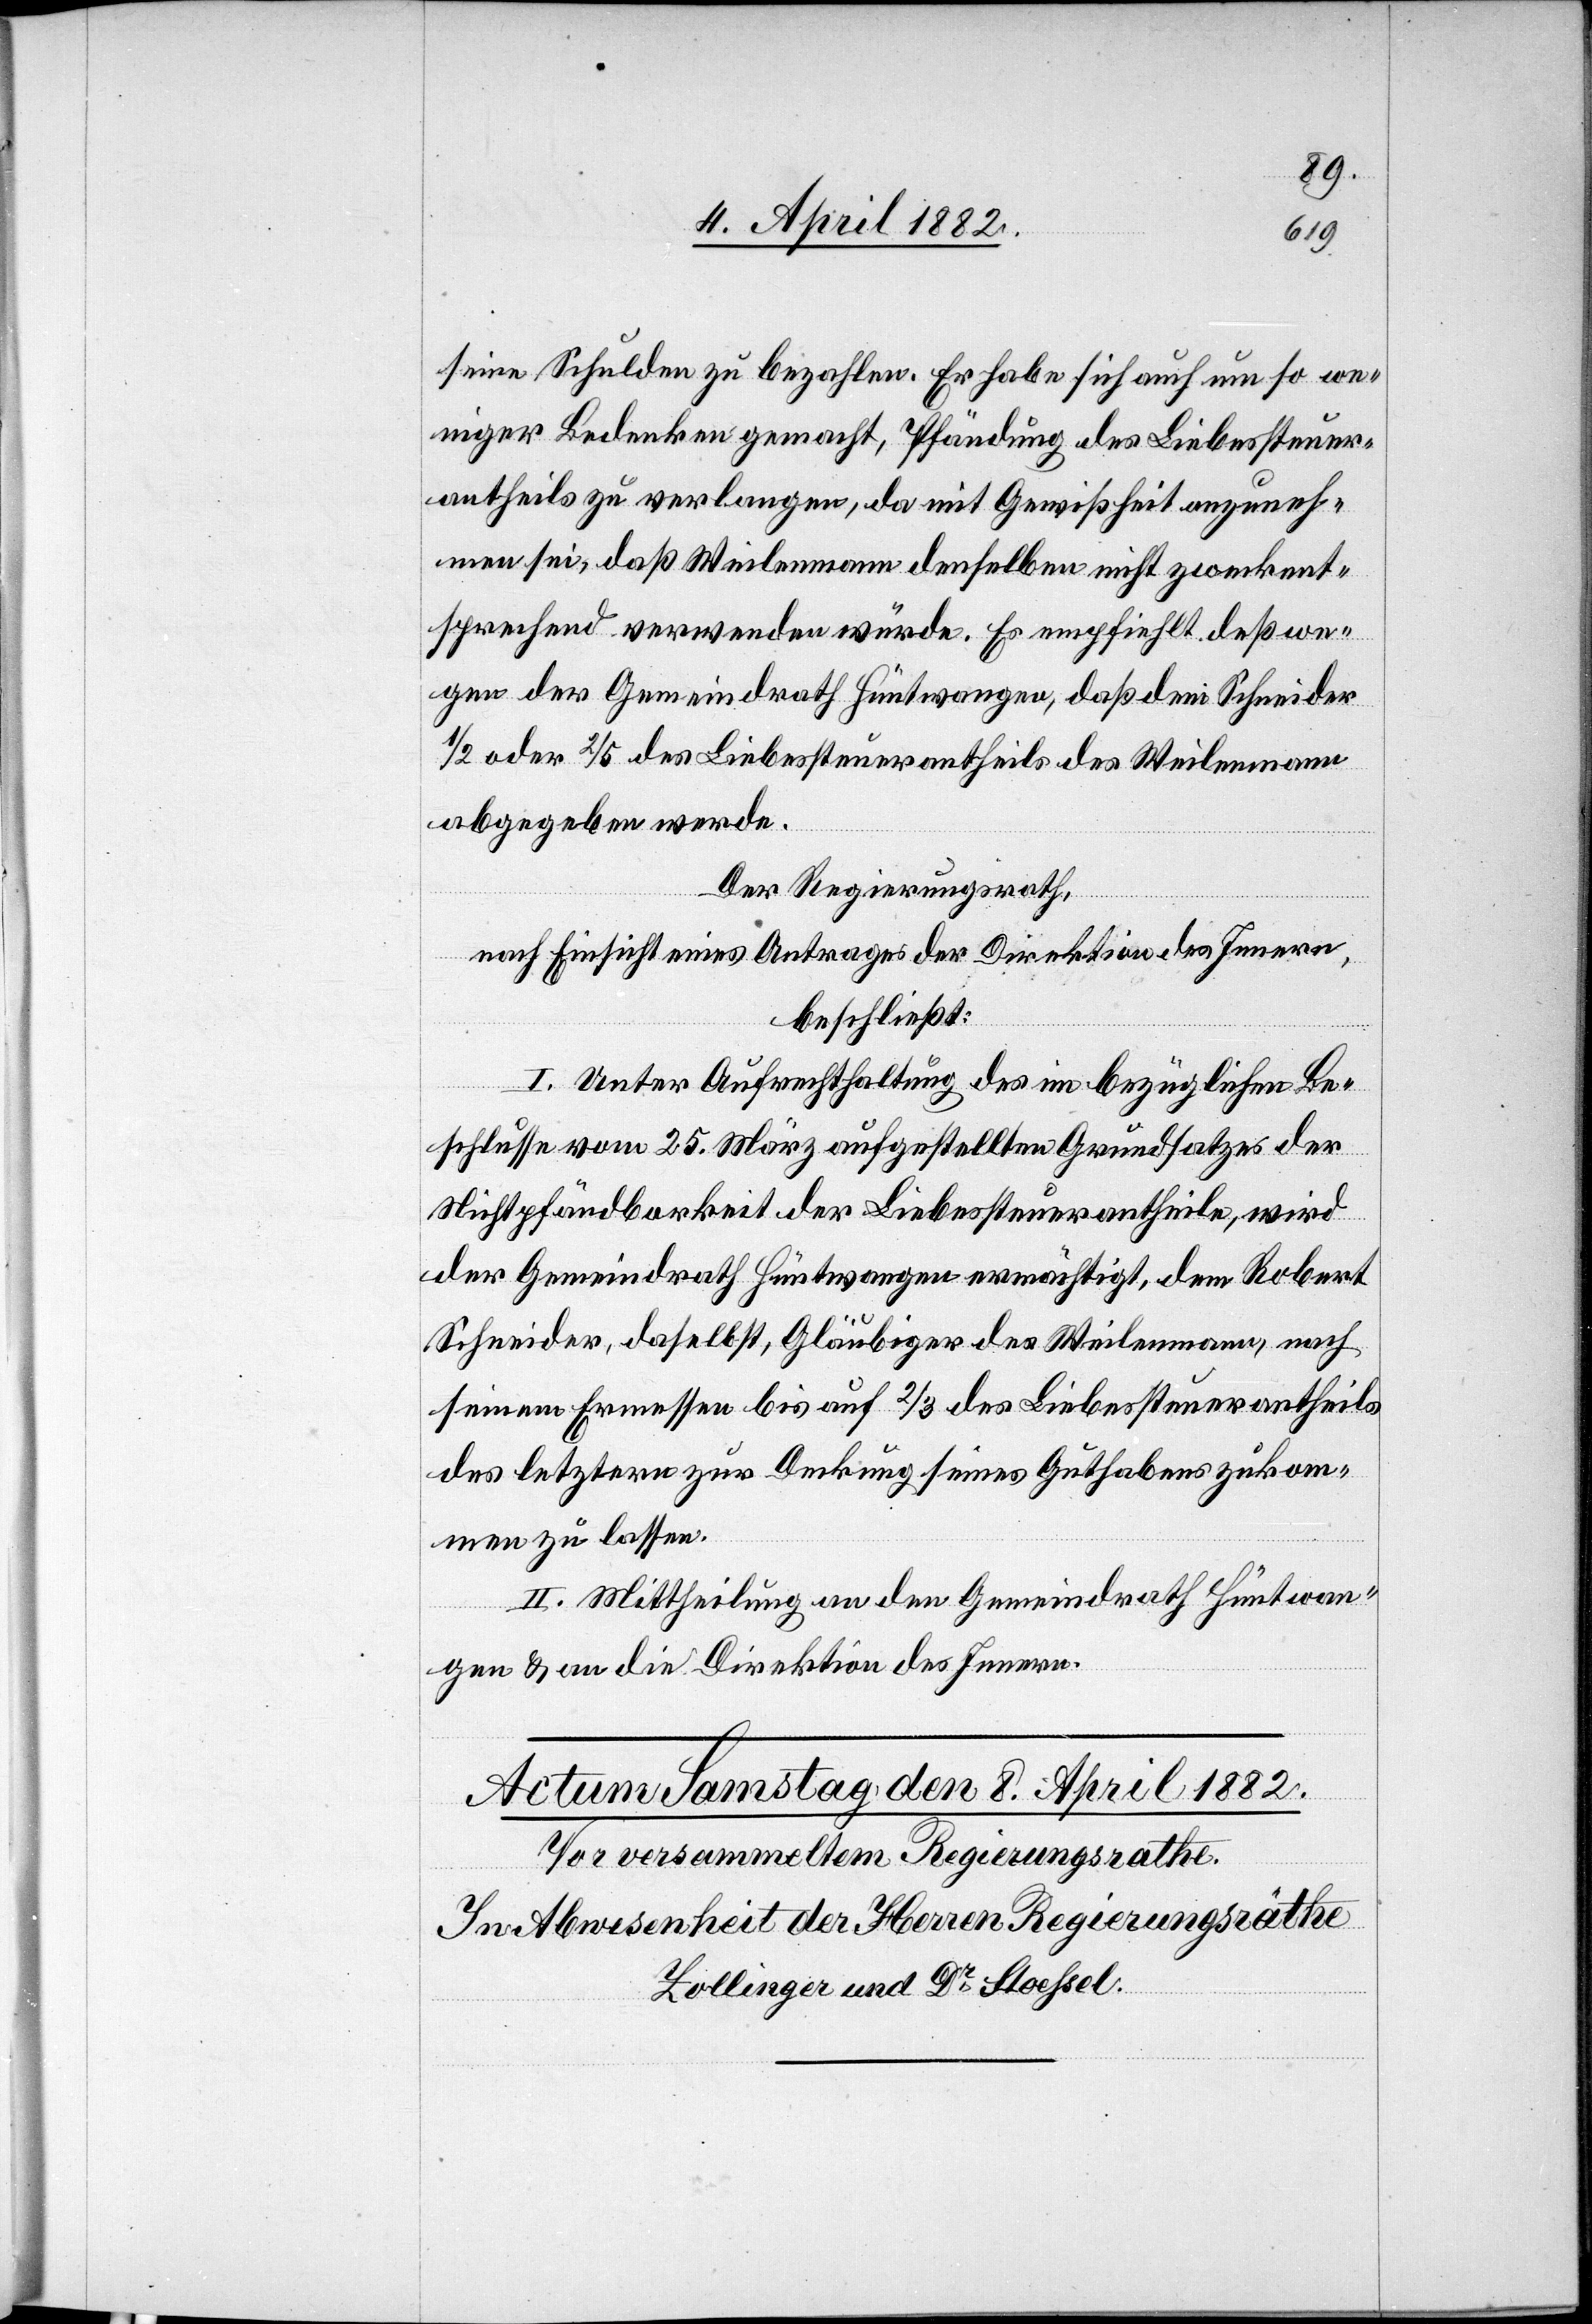
seine Schulden zu bezahlen. Er habe sich auch um so we¬
niger Bedenken gemacht, Pfändung des Liebessteuer¬
antheils zu verlangen, da mit Gewißheit anzuneh¬
men sei, daß Weilenmann denselben nicht zweckent¬
sprechend verwenden würde. Es empfiehlt deßwe¬
gen der Gemeindrath Hüntwangen, daß dem Schneider
1/2 oder 2/5 des Liebessteuerantheils des Weilenmann
abgegeben werde.
Der Regierungsrath,
nach Einsicht eines Antrages der Direktion des Innern,
beschließt:
I. Unter Aufrechthaltung des im bezüglichen Be¬
schlusse vom 25. März aufgestellten Grundsatzes der
Nichtpfändbarkeit der Liebessteuerantheile, wird
der Gemeindrath Hüntwangen ermächtigt, dem Robert
Schneider, daselbst, Gläubiger des Weilenmann, nach
seinem Ermessen bis auf 2/3 des Liebessteuerantheils
des letztern zur Deckung seines Guthabens zukom¬
men zu lassen.
II. Mittheilung an den Gemeindrath Hüntwan¬
gen & an die Direktion des Innern.